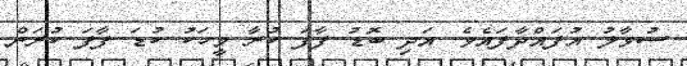
ސުވާލު އުފައްދާފައެވެ. އަދި ބޮޑު ފާފަ ކުރާ މީހަކު ކުޑަ ފާފަ ކުރަން